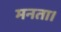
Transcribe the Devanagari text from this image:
मनता।